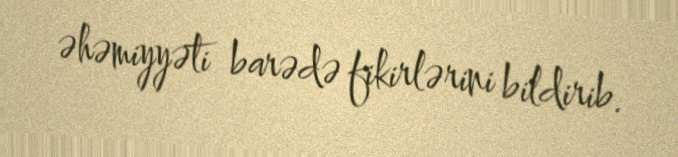
əhəmiyyəti barədə fikirlərini bildirib.